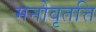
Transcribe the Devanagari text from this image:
मनोवृतत्ति